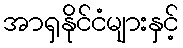
အာရှနိုင်ငံများနှင့်